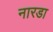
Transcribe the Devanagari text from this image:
नारडा